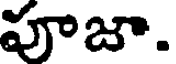
పూజా.